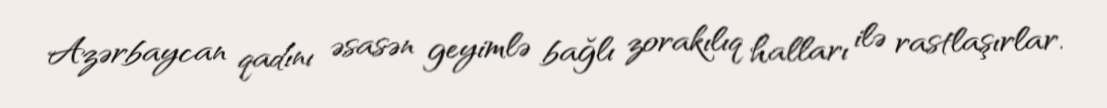
Azərbaycan qadını əsasən geyimlə bağlı zorakılıq halları ilə rastlaşırlar.